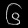
Digit: ၆